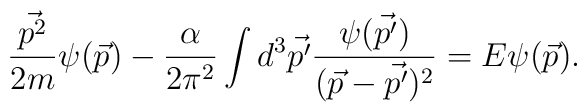
\frac{\vec{p^2}}{2m}\psi(\vec{p})-\frac{\alpha}{2\pi^2}\int d^3\vec{p'}\frac{\psi(\vec{p'})}{(\vec{p}-\vec{p'})^2} = E\psi(\vec{p}).